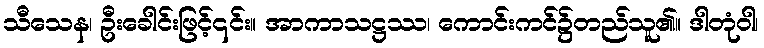
သီသေန၊ ဦးခေါင်းဖြင့်၎င်း။ အာကာသဋ္ဌဿ၊ ကောင်းကင်၌တည်သူ၏။ ဒါတုံဝါ၊